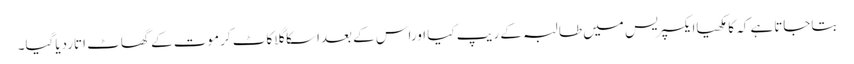
بتاجاتاہے کہ کامکھیاایکسپریس میں طالبہ کے ریپ کیا اوراس کے بعداسکاگلاکاٹ کرموت کے گھاٹ اتاردیاگیا۔